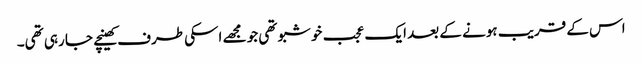
اس کے قریب ہونے کے بعد ایک عجب خوشبو تھی جو مجھے اسکی طرف کھینچے جا رہی تھی۔